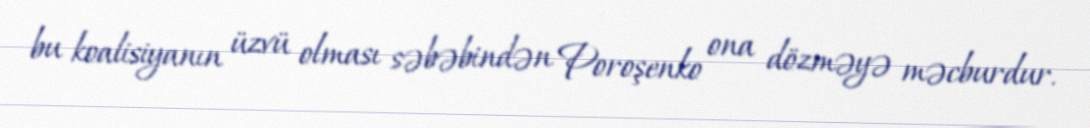
bu koalisiyanın üzvü olması səbəbindən Poroşenko ona dözməyə məcburdur.